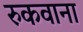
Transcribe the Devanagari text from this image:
रुकवाना